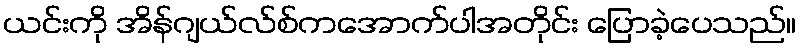
ယင်းကို အိန်ဂျယ်လ်စ်ကအောက်ပါအတိုင်း ပြောခဲ့ပေသည်။